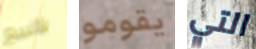
بالبيع يقومو التي